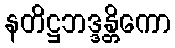
နတိဋ္ဌဘဒ္ဒန္တိကော